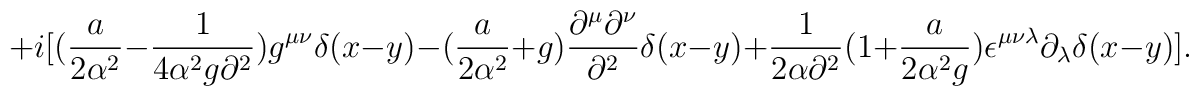
+i[({a\over{2\alpha^2}}-{1\over{4\alpha^2g\partial^2}})g^{\mu\nu}\delta(x-y)-({a\over{2\alpha^2}}+g){{\partial^\mu\partial^\nu}\over{\partial^2}}\delta(x-y)+{1\over{2\alpha\partial^2}}(1+{a\over{2\alpha^2g}})\epsilon^{\mu\nu\lambda}\partial_\lambda\delta(x-y)].